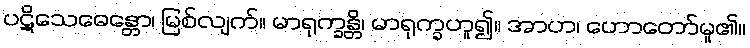
ပဋိသေဓေန္တော၊ မြစ်လျက်။ မာရုက္ခန္တိ၊ မာရုက္ခဟူ၍။ အာဟ၊ ဟောတော်မူ၏။